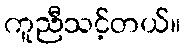
ကူညီသင့်တယ်။